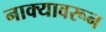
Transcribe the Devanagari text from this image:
नाक्यावरून